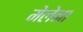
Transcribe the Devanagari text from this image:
मेलेना